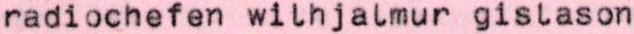
radiochefen wilhjalmur gislason